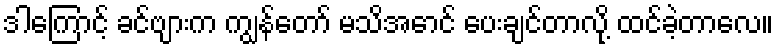
ဒါကြောင့် ခင်ဗျားက ကျွန်တော် မသိအောင် ပေးချင်တာလို့ ထင်ခဲ့တာလေ။